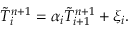
\tilde { T } _ { i } ^ { n + 1 } = { \alpha _ { i } } \tilde { T } _ { i + 1 } ^ { n + 1 } + { \xi _ { i } } .